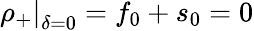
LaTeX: \left.\rho_{+}\right|_{\delta=0}=f_{0}+s_{0}=0